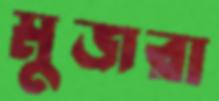
মুজরা